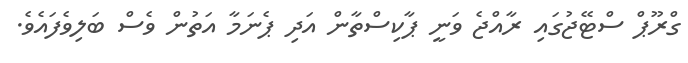
ގްރޫޕް ސްޓޭޖުގައި ރާއްޖެ ވަނީ ޕާކިސްތާން އަދި ޕެނަމާ އަތުން ވެސް ބަލިވެފައެވެ.